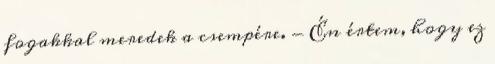
fogakkal meredek a csempére. - Én értem, hogy ez